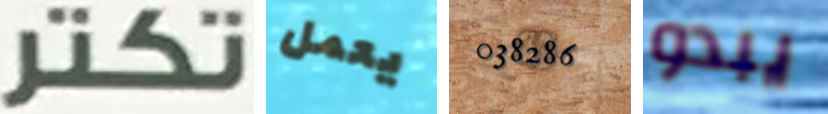
تكتر يعمل 038286 يبدو